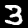
Digit: 3